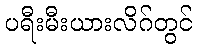
ပရီးမီးယားလိဂ်တွင်